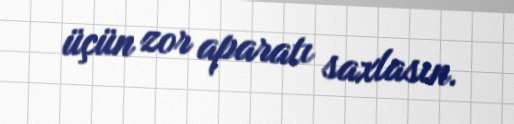
üçün zor aparatı saxlasın.